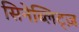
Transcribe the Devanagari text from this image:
सिनेब्लिट्ज़